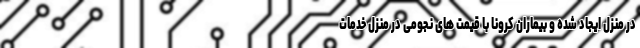
در منزل ایجاد شده و بیماران کرونا با قیمت های نجومی در منزل خدمات